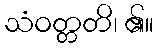
သံဝတ္တတိ၊ ၏။